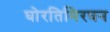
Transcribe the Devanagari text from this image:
घोरतिमिरघन